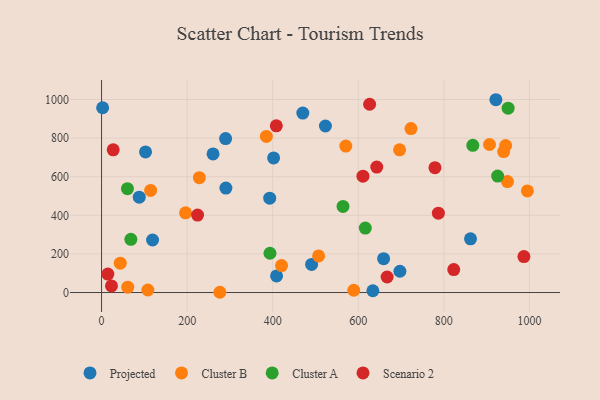
{"axis": {"x": "Engine Size", "y": "Fuel Efficiency"}, "legend": ["Cluster A", "Cluster B", "Projected", "Scenario 2"], "data": [{"x": "402.1", "y": 697.0, "type": "Projected"}, {"x": "659.2", "y": 175.2, "type": "Projected"}, {"x": "634.1", "y": 9.2, "type": "Projected"}, {"x": "523.2", "y": 862.5, "type": "Projected"}, {"x": "102.8", "y": 728.3, "type": "Projected"}, {"x": "862.3", "y": 278.2, "type": "Projected"}, {"x": "290.6", "y": 540.8, "type": "Projected"}, {"x": "88.1", "y": 494.0, "type": "Projected"}, {"x": "470.4", "y": 929.8, "type": "Projected"}, {"x": "289.9", "y": 797.2, "type": "Projected"}, {"x": "2.5", "y": 957.2, "type": "Projected"}, {"x": "119.2", "y": 272.2, "type": "Projected"}, {"x": "697.3", "y": 110.2, "type": "Projected"}, {"x": "393.0", "y": 488.5, "type": "Projected"}, {"x": "260.6", "y": 717.7, "type": "Projected"}, {"x": "409.0", "y": 86.0, "type": "Projected"}, {"x": "490.9", "y": 145.6, "type": "Projected"}, {"x": "921.6", "y": 998.7, "type": "Projected"}, {"x": "420.7", "y": 139.4, "type": "Cluster B"}, {"x": "228.6", "y": 595.0, "type": "Cluster B"}, {"x": "507.3", "y": 189.7, "type": "Cluster B"}, {"x": "948.7", "y": 574.6, "type": "Cluster B"}, {"x": "61.2", "y": 27.5, "type": "Cluster B"}, {"x": "196.3", "y": 413.1, "type": "Cluster B"}, {"x": "696.5", "y": 739.1, "type": "Cluster B"}, {"x": "385.2", "y": 808.7, "type": "Cluster B"}, {"x": "570.8", "y": 758.4, "type": "Cluster B"}, {"x": "939.8", "y": 730.3, "type": "Cluster B"}, {"x": "276.5", "y": 1.3, "type": "Cluster B"}, {"x": "944.4", "y": 761.5, "type": "Cluster B"}, {"x": "43.7", "y": 152.2, "type": "Cluster B"}, {"x": "723.1", "y": 849.5, "type": "Cluster B"}, {"x": "108.2", "y": 13.1, "type": "Cluster B"}, {"x": "114.7", "y": 528.7, "type": "Cluster B"}, {"x": "589.4", "y": 11.8, "type": "Cluster B"}, {"x": "995.2", "y": 526.1, "type": "Cluster B"}, {"x": "906.7", "y": 766.7, "type": "Cluster B"}, {"x": "68.5", "y": 275.5, "type": "Cluster A"}, {"x": "950.2", "y": 954.8, "type": "Cluster A"}, {"x": "867.7", "y": 762.5, "type": "Cluster A"}, {"x": "393.6", "y": 203.4, "type": "Cluster A"}, {"x": "616.4", "y": 333.6, "type": "Cluster A"}, {"x": "925.7", "y": 603.0, "type": "Cluster A"}, {"x": "60.5", "y": 538.1, "type": "Cluster A"}, {"x": "564.3", "y": 446.2, "type": "Cluster A"}, {"x": "408.4", "y": 863.7, "type": "Scenario 2"}, {"x": "823.1", "y": 119.1, "type": "Scenario 2"}, {"x": "14.7", "y": 95.8, "type": "Scenario 2"}, {"x": "626.5", "y": 975.3, "type": "Scenario 2"}, {"x": "779.2", "y": 646.8, "type": "Scenario 2"}, {"x": "224.4", "y": 401.2, "type": "Scenario 2"}, {"x": "643.2", "y": 650.0, "type": "Scenario 2"}, {"x": "23.2", "y": 34.1, "type": "Scenario 2"}, {"x": "610.9", "y": 602.7, "type": "Scenario 2"}, {"x": "787.2", "y": 411.0, "type": "Scenario 2"}, {"x": "27.2", "y": 739.3, "type": "Scenario 2"}, {"x": "667.4", "y": 80.4, "type": "Scenario 2"}, {"x": "987.1", "y": 186.1, "type": "Scenario 2"}]}